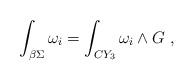
LaTeX: \begin{align*}\int_{\beta\Sigma}\omega_i = \int_{CY_3} \omega_i \wedge G \; ,\end{align*}